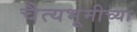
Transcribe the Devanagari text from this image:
चैत्यभूमीच्या